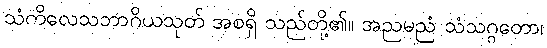
သံကိလေသဘာဂိယသုတ် အစရှိ သည်တို့၏။ အညမညံ သံသဂ္ဂတော၊